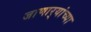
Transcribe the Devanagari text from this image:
जाणार्‍यांच्या